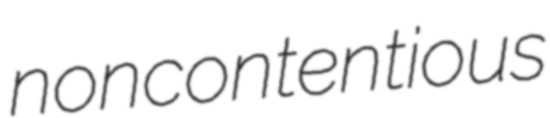
noncontentious